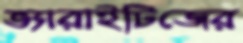
ভ্যারাইটিজের